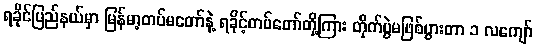
ရခိုင်ပြည်နယ်မှာ မြန်မာ့တပ်မတော်နဲ့ ရခိုင့်တပ်တော်တို့ကြား တိုက်ပွဲမဖြစ်ပွားတာ ၁ လကျော်